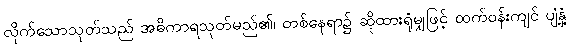
လိုက်သောသုတ်သည် အဓိကာရသုတ်မည်၏၊ တစ်နေရာ၌ ဆိုထားရုံမျှဖြင့် ထက်ဝန်းကျင် ပျံ့နှံ့